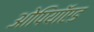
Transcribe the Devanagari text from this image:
ओपियॉएड